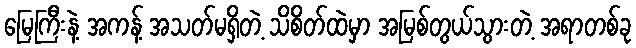
မြေကြီးနဲ့ အကန့် အသတ်မရှိတဲ့ သိစိတ်ထဲမှာ အမြစ်တွယ်သွားတဲ့ အရာတစ်ခု